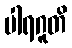
ပါရဂူတိ